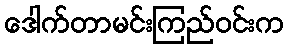
ဒေါက်တာမင်းကြည်ဝင်းက